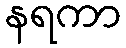
နရကာ